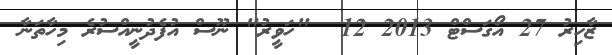
ޒާހިރު 27 އޯގަސްޓް 2013 12  "ހަވީރު" ނޫސް އުފެދުނީއްސުރެ މިހާތަނާ